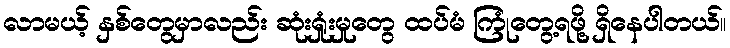
လာမယ့် နှစ်တွေမှာလည်း ဆုံးရှုံးမှုတွေ ထပ်မံ ကြုံတွေ့ရဖို့ ရှိနေပါတယ်။